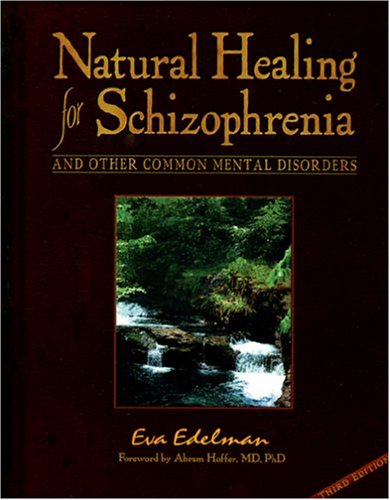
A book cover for Natural Healing for Schizophrenia And Other Common Mental Disorders; Eva Edelman; Health, Fitness & Dieting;